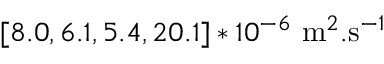
[ 8 . 0 , 6 . 1 , 5 . 4 , 2 0 . 1 ] * 1 0 ^ { - 6 } ~ \mathrm { m } ^ { 2 } . \mathrm { s } ^ { - 1 }